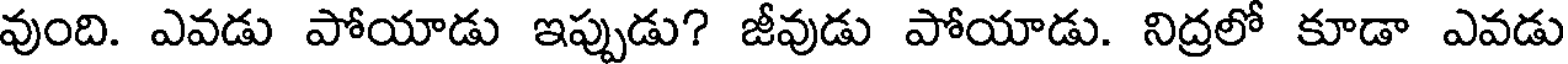
వుంది. ఎవడు పోయాడు ఇప్పుడు? జీవుడు పోయాడు. నిద్రలో కూడా ఎవడు